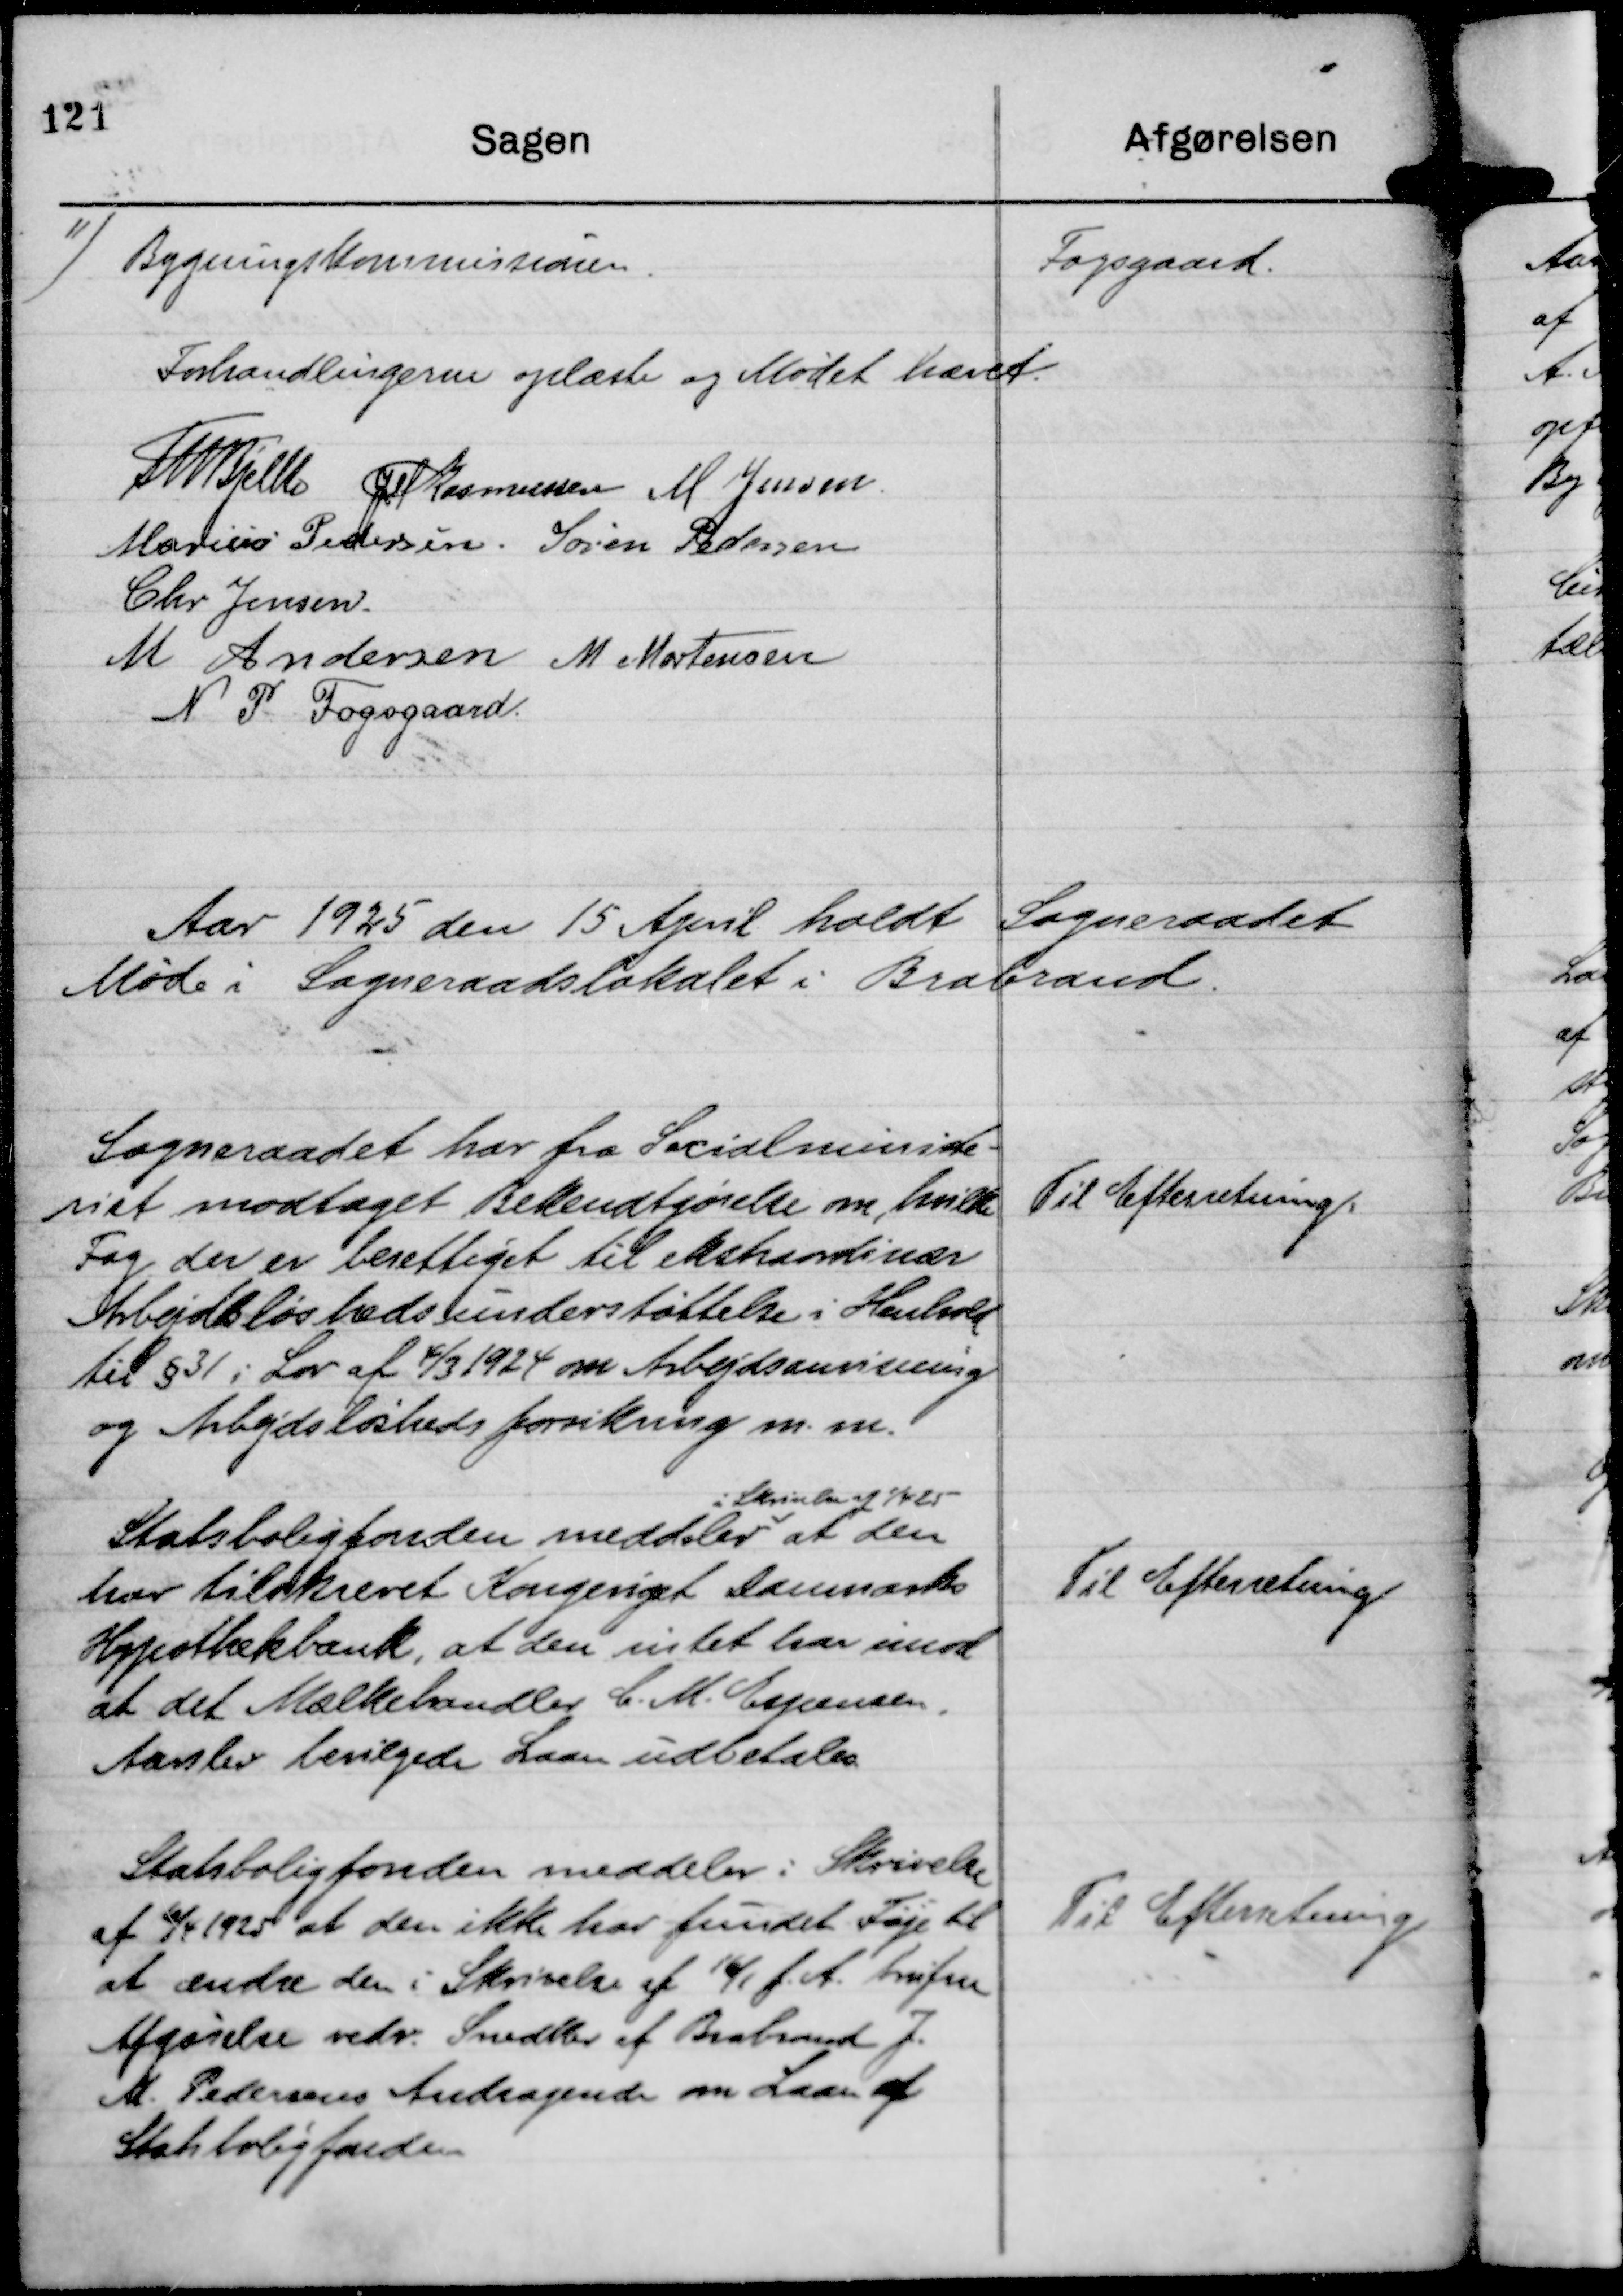
Transskription:
11)
Bygningskommissionen

Fogsgaard

Forhandlingerne oplæst og Mødet hævet.
Th Bjelke
JM Rasmussen
M Jensen.
Marius Pedersen.
Søren Pedersen
Chr Jensen.
M Andersen
M Mortensen
N P Fogsgaard.

Aar 1925 den 15 April holdt Sogneraadet
Møde i Sogneraadslokalet i Brabrand.

Sogneraadet har fra Socialministe-
riet modtaget Bekendtgørelse om, hvilke
Fag der er berettiget til ekstraordinær
Arbejdsløshedsunderstøttelse i Henhold
til § 31 i Lov af 4/3 1924 om Arbejdsanvisning
og Arbejdsløshedsforsikring m. m.

Til Efterretning.

Statsboligfonden meddeler
i Skrivelse af 1/4 25
at den
har tilskrevet Kongeriget Danmarks
Hypothekbank, at den intet har imod
at det Mælkehandler C. M. Espersen,
Aarslev bevilgede Laan udbetales.

Til Efterretning

Statsboligfonden meddeler i Skrivelse
af 6/4 1925 at den ikke har fundet Føje til
at ændre den i Skrivelse af 16/1 f. A. trufne
Afgørelse vedr. Snedker af Brabrand J.
M. Pedersens Andragende om Laan af
Statsboligfonden

Til Efterretning